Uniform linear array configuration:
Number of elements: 24
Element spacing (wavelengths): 0.5
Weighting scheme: uniform
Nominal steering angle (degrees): -30
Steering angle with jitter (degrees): -29.939
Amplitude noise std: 0.05
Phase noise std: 0.05

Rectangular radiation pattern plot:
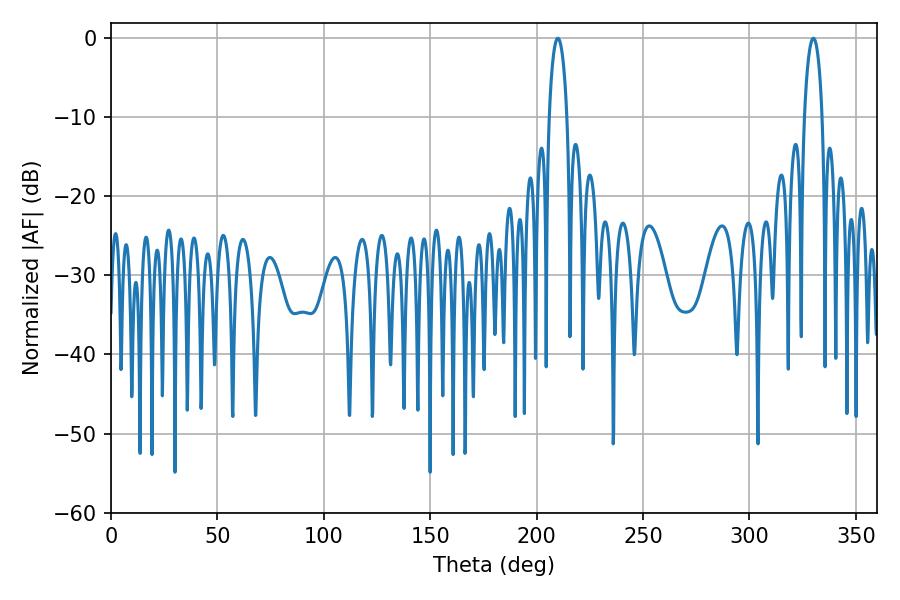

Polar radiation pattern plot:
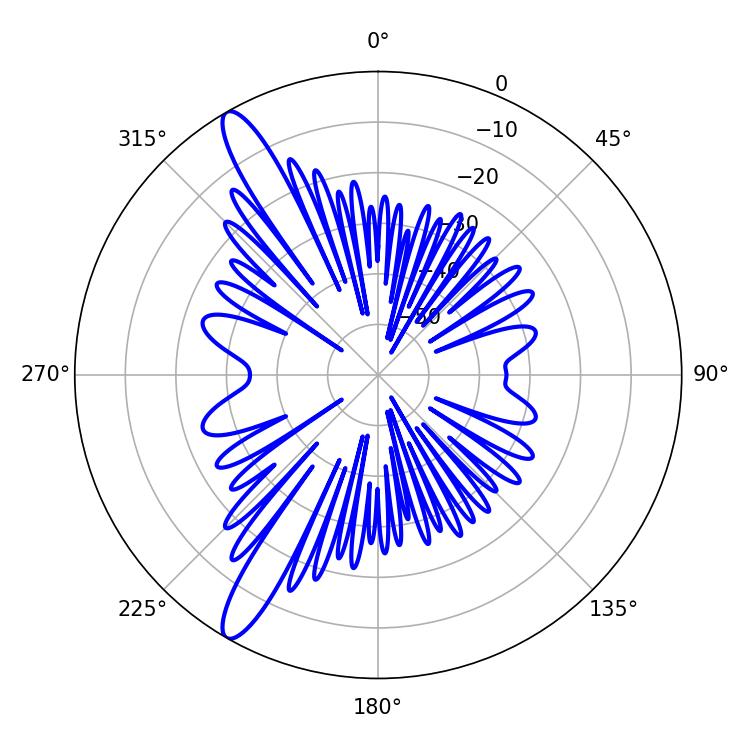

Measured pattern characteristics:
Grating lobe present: FALSE
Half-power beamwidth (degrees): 4.86
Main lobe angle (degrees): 209.88